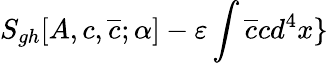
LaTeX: S_{gh}[A,c,\overline{{{c}}};\alpha]-\varepsilon\int\overline{{{c}}}cd^{4}x\}